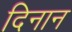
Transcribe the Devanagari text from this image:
दिनान